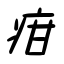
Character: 疳